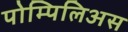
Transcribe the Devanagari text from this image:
पोम्पिलिअस